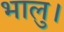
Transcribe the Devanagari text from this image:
भालु।